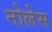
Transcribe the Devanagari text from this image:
नोलेस